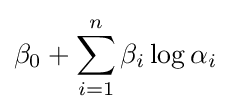
\beta _{0}+\sum _{i=1}^{n}\beta _{i}\log \alpha _{i}